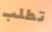
تطلب